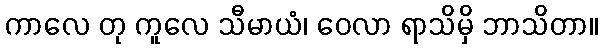
ကာလေ တု ကူလေ သီမာယံ၊ ဝေလာ ရာသိမှိ ဘာသိတာ။